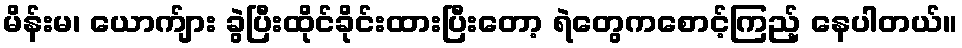
မိန်းမ၊ ယောက်ျား ခွဲပြီးထိုင်ခိုင်းထားပြီးတော့ ရဲတွေကစောင့်ကြည့် နေပါတယ်။